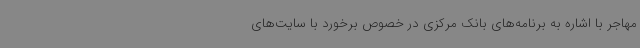
مهاجر با اشاره به برنامه‌های بانک مرکزی در خصوص برخورد با سایت‌های